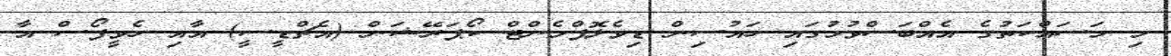
މި މަސައްކަތުގެ އެއްބަސްވުމުގައި ހައުސިން ޑިވެލޮޕްމެންޓް ކޯޕަރޭޝަން (އެޗްޑީސީ) އާއި ހެވީފޯސް އާ